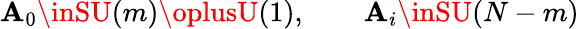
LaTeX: \mathbf{A}_{0}\inSU(m)\oplusU(1),\qquad\mathbf{A}_{i}\inSU(N-m)